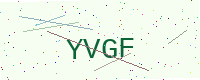
Text: YVGF